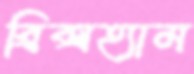
ব্রিক্সহ্যাম